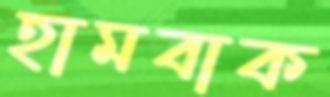
হামবাক